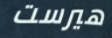
هيرست